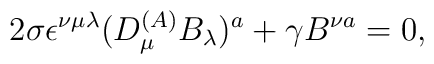
2\sigma\epsilon^{\nu\mu\lambda}(D_\mu^{(A)}B_\lambda)^a+\gamma B^{\nu a}=0,